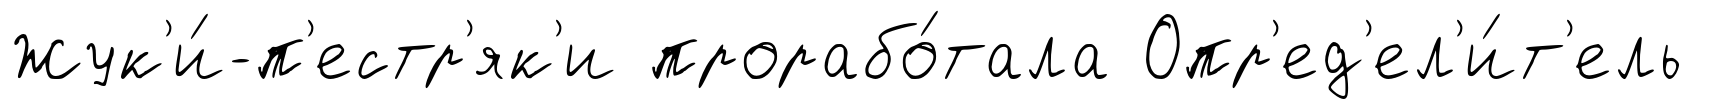
Жук'и́-п'естр'як'и прорабо́тала Опр'ед'ел'и́т'ель